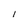
Character: l